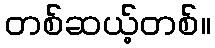
တစ်ဆယ့်တစ်။